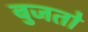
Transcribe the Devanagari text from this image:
बुजतो